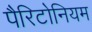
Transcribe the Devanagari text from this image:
पैरिटोनियम